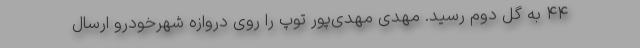
۴۴ به گل دوم رسید. مهدی مهدی‌پور توپ را روی دروازه شهرخودرو ارسال